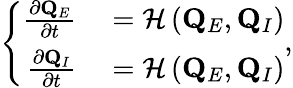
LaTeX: \left\{ \begin{array}{rl}{\frac{\partial\mathbf{Q}_{E}}{\partial t}}&{{}=\mathcal{H}\left(\mathbf{Q}_{E},\mathbf{Q}_{I}\right)}\\ {\frac{\partial\mathbf{Q}_{I}}{\partial t}}&{{}=\mathcal{H}\left(\mathbf{Q}_{E},\mathbf{Q}_{I}\right)}\end{array}\right.,